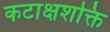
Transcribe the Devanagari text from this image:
कटाक्षशक्ति